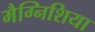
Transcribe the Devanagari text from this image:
मैग्निशिया